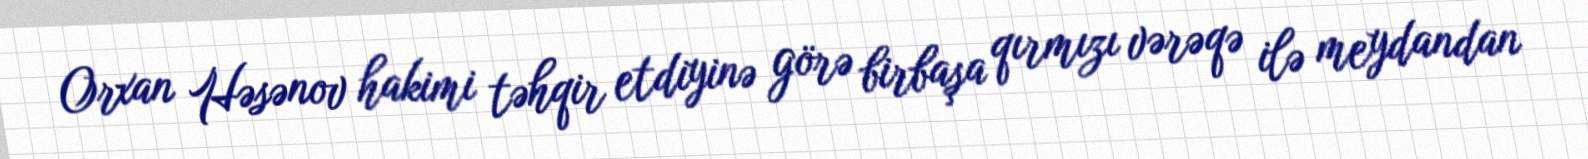
Orxan Həsənov hakimi təhqir etdiyinə görə birbaşa qırmızı vərəqə ilə meydandan